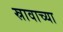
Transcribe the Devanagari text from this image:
स्रावाच्या